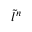
\tilde { l } ^ { n }